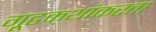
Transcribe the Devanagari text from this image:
गूढकथांकरता